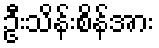
ဦးသိန်းစိန်အား